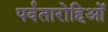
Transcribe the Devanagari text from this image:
पर्वतारोहिओं